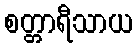
စတ္တာရီသာယ